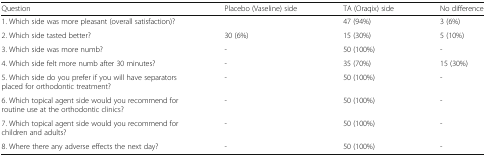
<table><thead><tr><td><b>Question</b></td><td><b>Placebo (Vaseline) side</b></td><td><b>TA (Oraqix) side</b></td><td><b>No difference</b></td></tr></thead><tbody><tr><td>1. Which side was more pleasant (overall satisfaction)?</td><td>[EMPTY_CELL]</td><td>47 (94%)</td><td>3 (6%)</td></tr><tr><td>2. Which side tasted better?</td><td>30 (6%)</td><td>15 (30%)</td><td>5 (10%)</td></tr><tr><td>3. Which side was more numb?</td><td>-</td><td>50 (100%)</td><td>-</td></tr><tr><td>4. Which side felt more numb after 30 minutes?</td><td>-</td><td>35 (70%)</td><td>15 (30%)</td></tr><tr><td>5. Which side do you prefer if you will have separators placed for orthodontic treatment?</td><td>-</td><td>50 (100%)</td><td>-</td></tr><tr><td>6. Which topical agent side would you recommend for routine use at the orthodontic clinics?</td><td>-</td><td>50 (100%)</td><td>-</td></tr><tr><td>7. Which topical agent side would you recommend for children and adults?</td><td>-</td><td>50 (100%)</td><td>-</td></tr><tr><td>8. Where there any adverse effects the next day?</td><td>-</td><td>50 (100%)</td><td>-</td></tr></tbody></table>